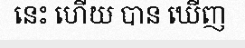
នេះ ហើយ បាន ឃើញ